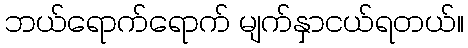
ဘယ်ရောက်ရောက် မျက်နှာငယ်ရတယ်။